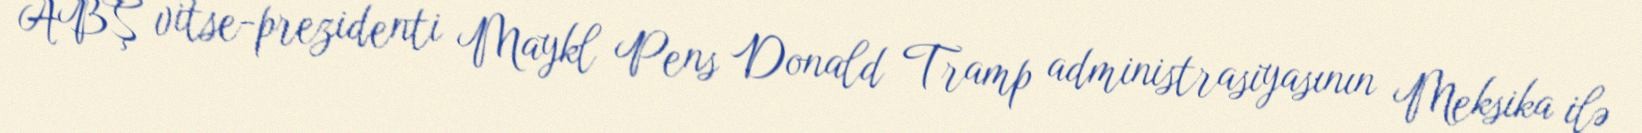
ABŞ vitse-prezidenti Maykl Pens Donald Tramp administrasiyasının Meksika ilə